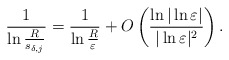
\begin{align*}\frac{1}{\ln\frac{R}{s_{\delta,j}}}=\frac{1}{\ln\frac{R}{\varepsilon}}+O\left( \frac{\ln|\ln\varepsilon|}{|\ln\varepsilon|^2}\right) .\end{align*}